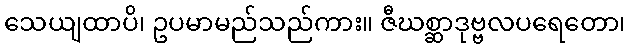
သေယျထာပိ၊ ဥပမာမည်သည်ကား။ ဇီဃစ္ဆာဒုဗ္ဗလပရေတော၊